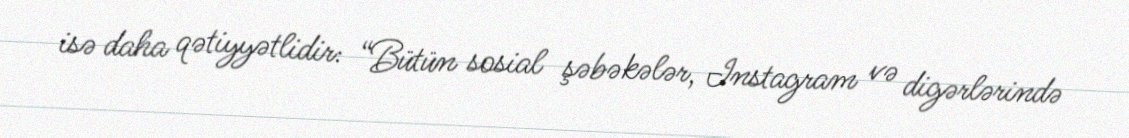
isə daha qətiyyətlidir: “Bütün sosial şəbəkələr, Instagram və digərlərində